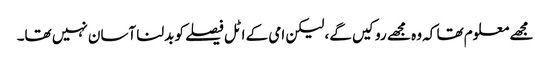
مجھے معلوم تھا کہ وہ مجھے روکیں گے، لیکن امی کے اٹل فیصلے کو بدلنا آسان نہیں تھا۔